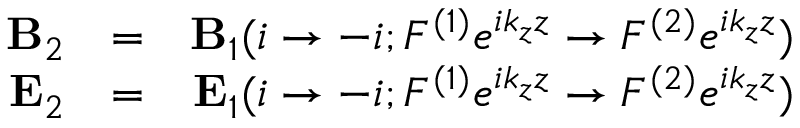
\begin{array} { r l r } { { \bf B } _ { 2 } } & { = } & { { \bf B } _ { 1 } ( i \rightarrow - i ; { \cal F } ^ { ( 1 ) } e ^ { i k _ { z } z } \rightarrow { \cal F } ^ { ( 2 ) } e ^ { i k _ { z } z } ) } \\ { { \bf E } _ { 2 } } & { = } & { { \bf E } _ { 1 } ( i \rightarrow - i ; { \cal F } ^ { ( 1 ) } e ^ { i k _ { z } z } \rightarrow { \cal F } ^ { ( 2 ) } e ^ { i k _ { z } z } ) } \end{array}